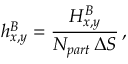
h _ { x , y } ^ { B } = \frac { H _ { x , y } ^ { B } } { N _ { p a r t } \, \Delta S } \, ,